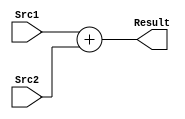
module Adder(
	input[31:0] Src1,
	input[31:0] Src2,
	output[31:0] Result
	);
	assign Result = Src1 + Src2;
endmodule